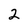
Character: 2